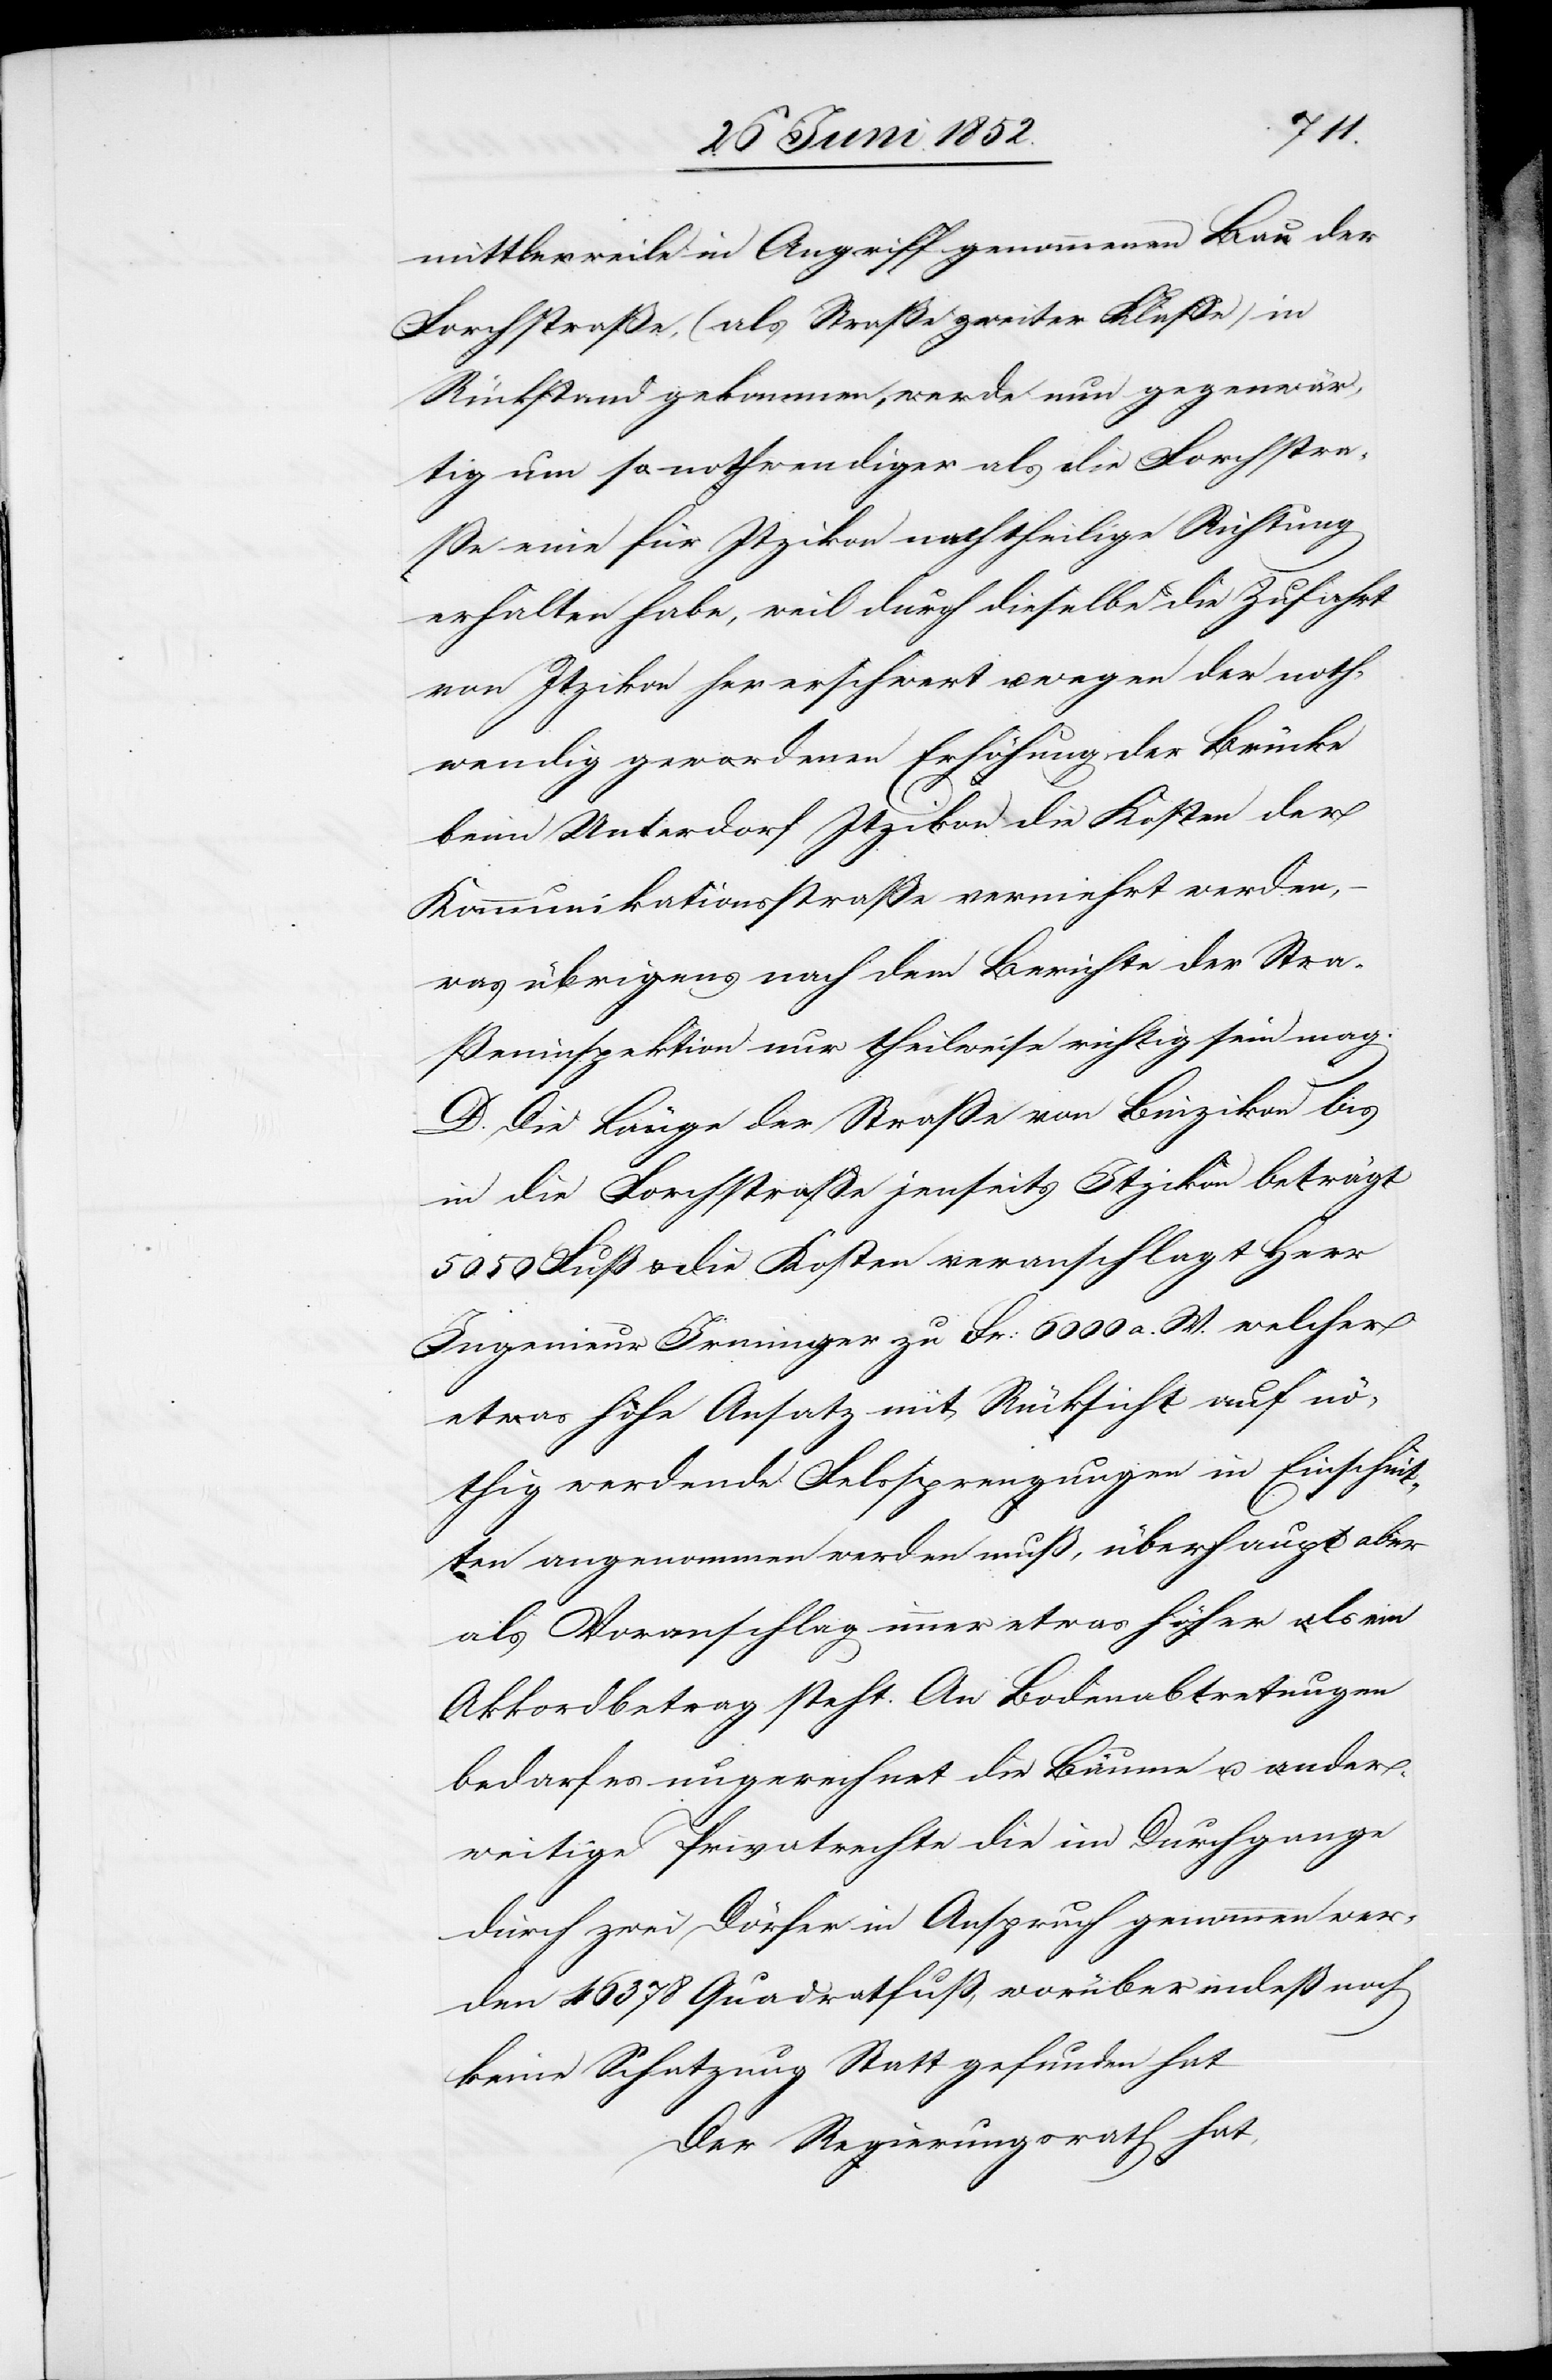
mittlerweile in Angriff genommenen Bau der
Forchstraße, (als Straße zweiter Klasse) in
Rückstand gekommen, werde nun gegenwär¬
tig um so nothwendiger als die Forchstra¬
ße eine für Itzikon nachtheilige Richtung
erhalten habe, weil durch dieselbe die Zufahrt
von Itzikon her erschwert u. wegen der noth¬
wendig gewordenen Erhöhung der Brücke
beim Unterdorf Itzikon die Kosten der
Kommunikationsstraße vermehrt werden,
was übrigens nach dem Berichte der Stra¬
ßeninspektion nur theilweise richtig sein mag.
D. Die Länge der Straße von Binzikon bis
in die Forchstrasse jenseits Itzikon beträgt
5050 Fuß & die Kosten veranschlagt Herr
Ingenieur Irminger zu Fr: 6000 a. W. welcher
etwas hohe Ansatz mit Rücksicht auf nö¬
thig werdende Felssprengungen in Einschnit¬
ten angenommen werden muß, überhaupt aber
als Voranschlag immer etwas höher als ein
Akkordbetrag steht. An Bodenabtretungen
bedarf es ungerechnet die Bäume u. ander¬
weitige Privatrechte die im Durchgange
durch zwei Dörfer in Anspruch genommen wer¬
den 46 378 Quadratfuß, worüber indeß noch
keine Schatzung Statt gefunden hat
Der Regierungsrath hat,